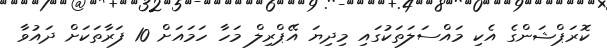
ކޮރަޕްޝަންގެ އެކި މައްސަލަތަކުގައި މިދިޔަ އޭޕްރިލް މަހާ ހަމައަށް 10 ފަރާތަކަށް ދައުވާ